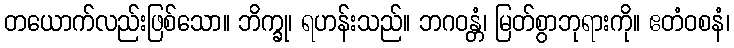
တယောက်လည်းဖြစ်သော။ ဘိက္ခု၊ ရဟန်းသည်။ ဘဂဝန္တံ၊ မြတ်စွာဘုရားကို။ ဧတံဝစနံ၊